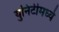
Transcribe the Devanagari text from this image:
युनिटीमध्ये